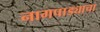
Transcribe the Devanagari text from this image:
नागपाड्याचा